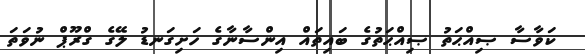
ކަވާސާ ޞިއްޙަތު ޞިއްޙަތުގެ ބައިތައް އިންސާނާގެ ހަށިގަނޑު ލޭގެ ގްރޫޕް ނުވަތަ